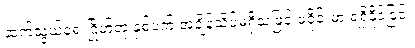
ဆက်သွယ်ရေးဂြိုဟ်တု နှစ်ပက် အချိန်သိပ်မရှိသဖြင့် ဖဲဝိုင်းမှာ ရရှိနိုင်ခြင်း